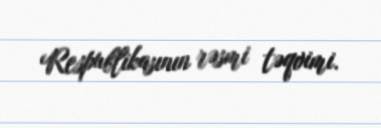
Respublikasının rəsmi təqvimi.